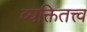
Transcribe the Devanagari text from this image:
व्यक्तितत्त्व